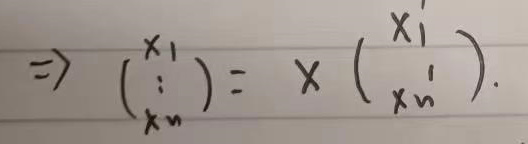
\[
\Rightarrow \begin{pmatrix}
x_1 \\
\vdots \\
x_n
\end{pmatrix}
= X \begin{pmatrix}
x_1' \\
\vdots \\
x_n'
\end{pmatrix}.
\]